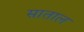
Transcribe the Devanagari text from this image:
साताल